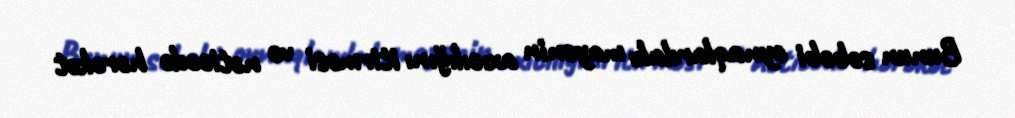
Bunun səbəbi oynaqlardakı mayenin axıcılığını itirməsi və nəticədə hərəkət